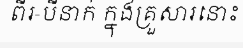
ពីរ-បីនាក់ ក្នុងគ្រួសារនោះ